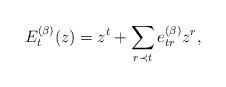
LaTeX: \begin{align*}E_t^{(\beta)}(z) = z^t + \sum_{r \prec t}e^{(\beta)}_{tr} z^r, \end{align*}